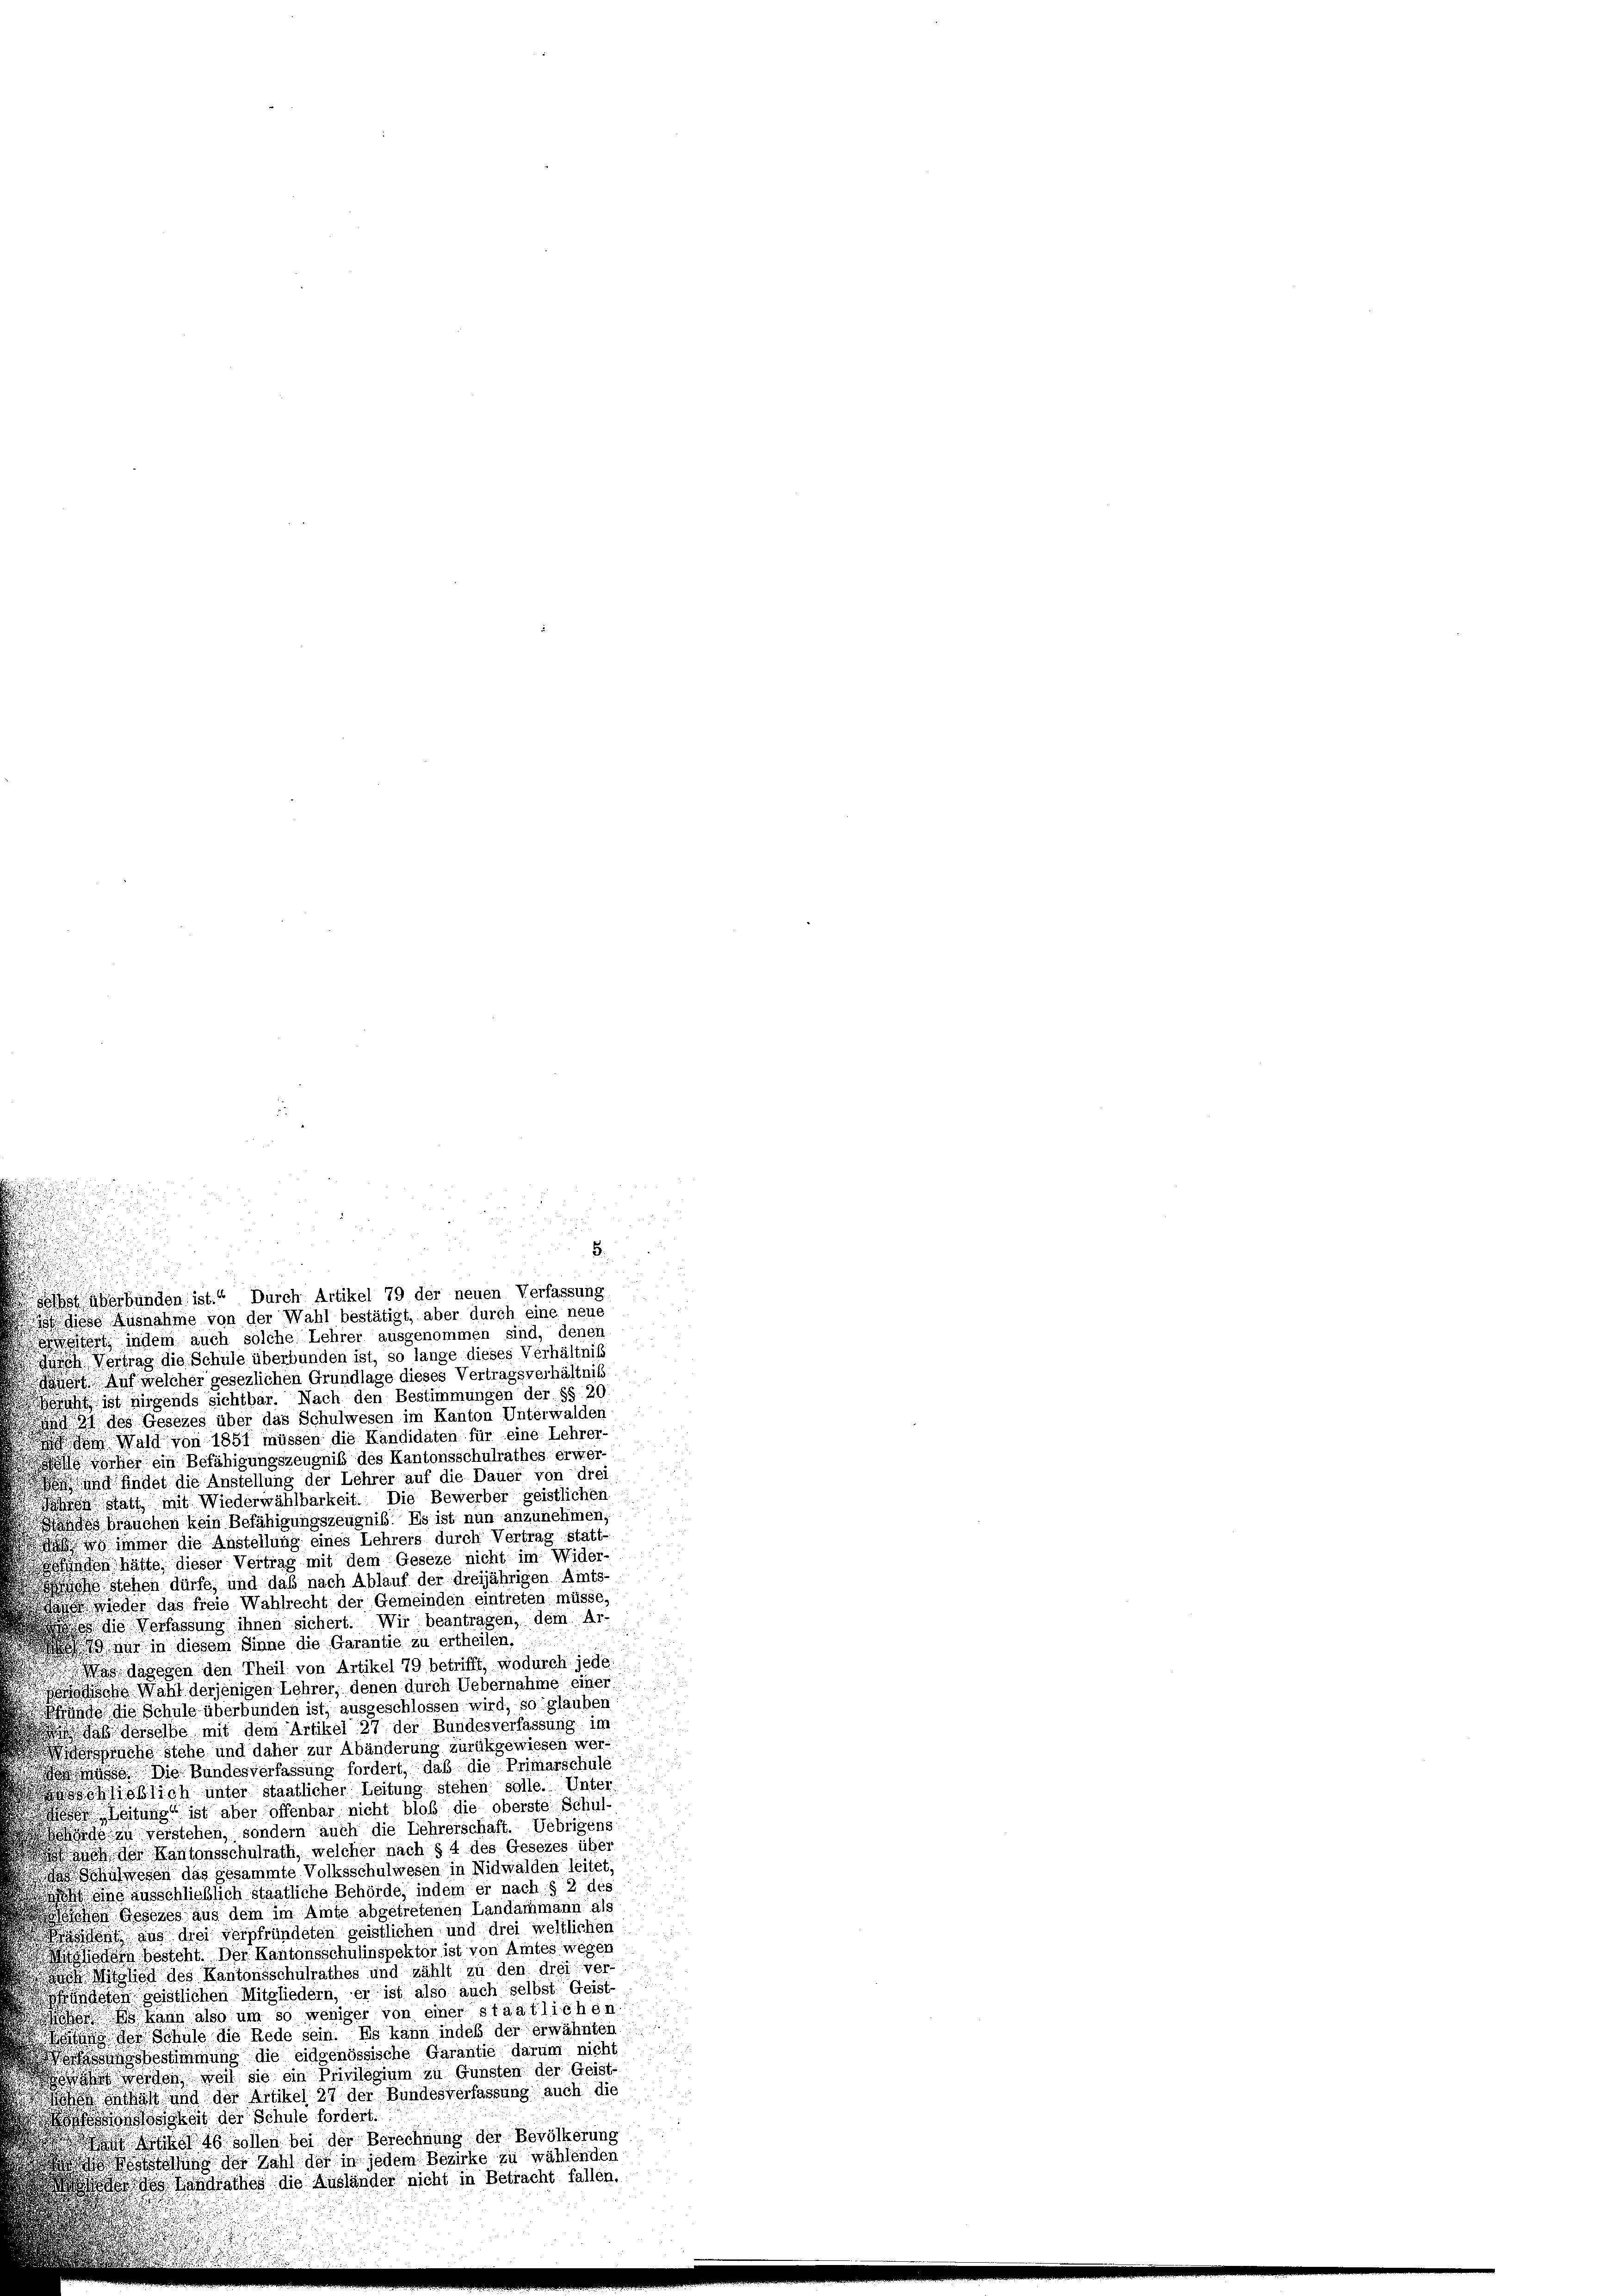
1

schweitert, indem auch solche Lehrer ausgenommen sind, denen
durch Vertrag die Schule überbunden ist, so lange dieses Verhältniß
jor Auf welcher gesezlichen Grundlage dieses Vertragsverhältnis
h ist nirgende sichtbar. Nach den Bestimmungen der §§ 20.
und 21 des Gesezes über das Schulwesen im Kanton Unterwalden
Wald von 1851 müssen die Kandidaten für eine Lehrer-
orher ein Befähigungszeugniß des Kantonsschulrathes erwerd findet die Anstellung der Lehrer auf die Dauer von drei
Jahren statt, mit Wiederwählbarkeit. Die Bewerber geistlichen
ändes brauchen kein Befähigungszeugnis. Es ist nun anzunehmen,
wimmer die Anstellung eines Lehrers durch Vertrag statt-
änden hätte, dieser Vertrag mit dem Geseze nicht im Wider-
chs stehen dürfe, und daß nach Ablauf der dreijährigen Amts-
Tage wieder das freie Wahlrecht der Gemeinden eintreten müsse.
die Verfassung ihnen sichert. Wir beantragen, dem Ar-
 nur in diesem Sinne die Garantie zu ertheilen,
Was dagegen den Theil von Artikel 79 betrifft, wodurch jede
ohe Wahl derjenigen Lehrer, denen durch Uebernahme einer
Bände die Schule überbunden ist, ausgeschlossen wird, so glauben
ab derselbe mit dem Artikel 27 der Bundesverfassung im
oische stehe und daher zur Abänderung zurükgewiesen wer¬
 Die Bundesverfassung fordert, daß die Primarschule
usschließlich unter staatlicher Leitung stehen solle. Unter
 Zeitung ist aber offenbar nicht bloß die oberste Schul-
rde zu verstehen, sondern auch die Lehrerschaft. Uebrigens
auch der Kantonsschulrath, welcher nach § 4 des Gesezes über
hnwesen das gesammte Volksschulwesen in Nidwalden leitet.
eine ausschließlich staatliche Behörde, indem er nach § 2 des
schen Gesezes aus dem im Amte abgetretenen Landammann als
ddent aus drei verpfründeten geistlichen und drei weltlichen
edem besteht. Der Kantonsschulinspektor ist von Amtes wegen
as Mitglied des Kantonsschulrathes und zählt zu den drei ver-
sündeten geistlichen Mitgliedern, er ist also auch selbst Geist-
h kann also um so weniger von einer staatlichen
äitung der Schule die Rede sein. Es kann indes der erwähnten
hsbestimmung die eidgenössische Garantie darum nicht
ofahrt werden, weil sie ein Privilegium zu Gunsten der Geist¬
 enthält und der Artikel 27 der Bundesverfassung auch die
osigkeit der Schule fordert.
840 solen bei der Berechnung der Bevölkerung
drohung der Zahl der in jedem Bezirke zu wählenden
 Hondrathes die Ausländer nicht in Betracht fallen.

erbünden ist.“ Durch Artikel 79 der neuen Verfassung
o diese Ausnahme von der Wahl bestätigt, aber durch eine neue

5.

n